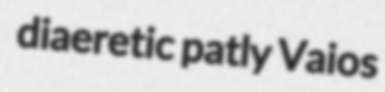
diaeretic patly Vaios